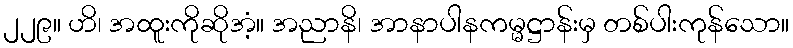
၂၂၉။ ဟိ၊ အထူးကိုဆိုအံ့။ အညာနိ၊ အာနာပါနကမ္မဋ္ဌာန်းမှ တစ်ပါးကုန်သော။